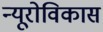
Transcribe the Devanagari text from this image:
न्यूरोविकास